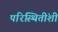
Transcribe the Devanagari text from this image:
परिस्थितींशी